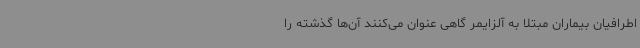
اطرافیان بیماران مبتلا به آلزایمر گاهی عنوان می‌کنند آن‌ها گذشته را